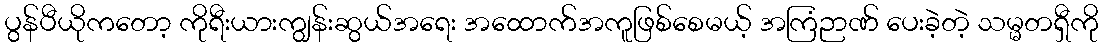
ပွန်ပီယိုကတော့ ကိုရီးယားကျွန်းဆွယ်အရေး အထောက်အကူဖြစ်စေမယ့် အကြံဉာဏ် ပေးခဲ့တဲ့ သမ္မတရှီကို